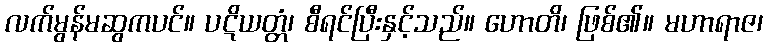
လက်မွန်မဆွကပင်။ ပဋိယတ္တံ၊ စီရင်ပြီးနှင့်သည်။ ဟောတိ၊ ဖြစ်၏။ မဟာရာဇ၊